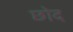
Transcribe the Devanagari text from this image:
छोद